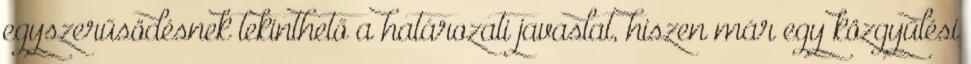
egyszerűsödésnek tekinthető a határozati javaslat, hiszen már egy közgyűlési